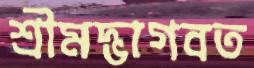
শ্রীমদ্ভাগবত